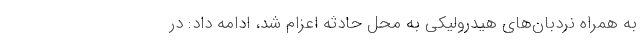
به همراه نردبان‌های هیدرولیکی به محل حادثه اعزام شد، ادامه داد: در